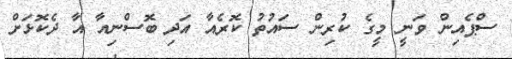
ސްޕެއިން ވަނީ މީގެ ކުރިން ސައުތު ކޮރެއާ އަދި ބޮސްނިއާ އާ ދެކޮޅަށް